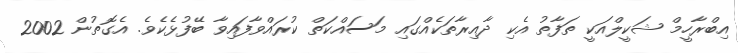
އިބްރާހީމް ޝަކީލްއަކީ ތަފާތު އެކި ދާއިރާތަކެއްގައި މަސައްކަތް ކުރައްވާފައިވާ ބޭފުޅެކެވެ. އެގޮތުން 2002